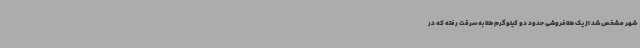
شهر مشخص شد از یک طلافروشی حدود دو کیلوگرم طلا به سرقت رفته که در